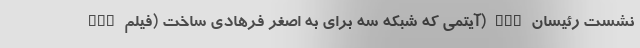
nan آیتمی که شبکه سه برای به اصغر فرهادی ساخت (فیلم) nan نشست رئیسان